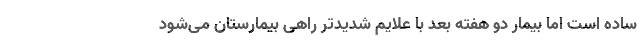
ساده است اما بیمار دو هفته بعد با علایم شدیدتر راهی بیمارستان می‌شود